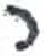
אות: ר